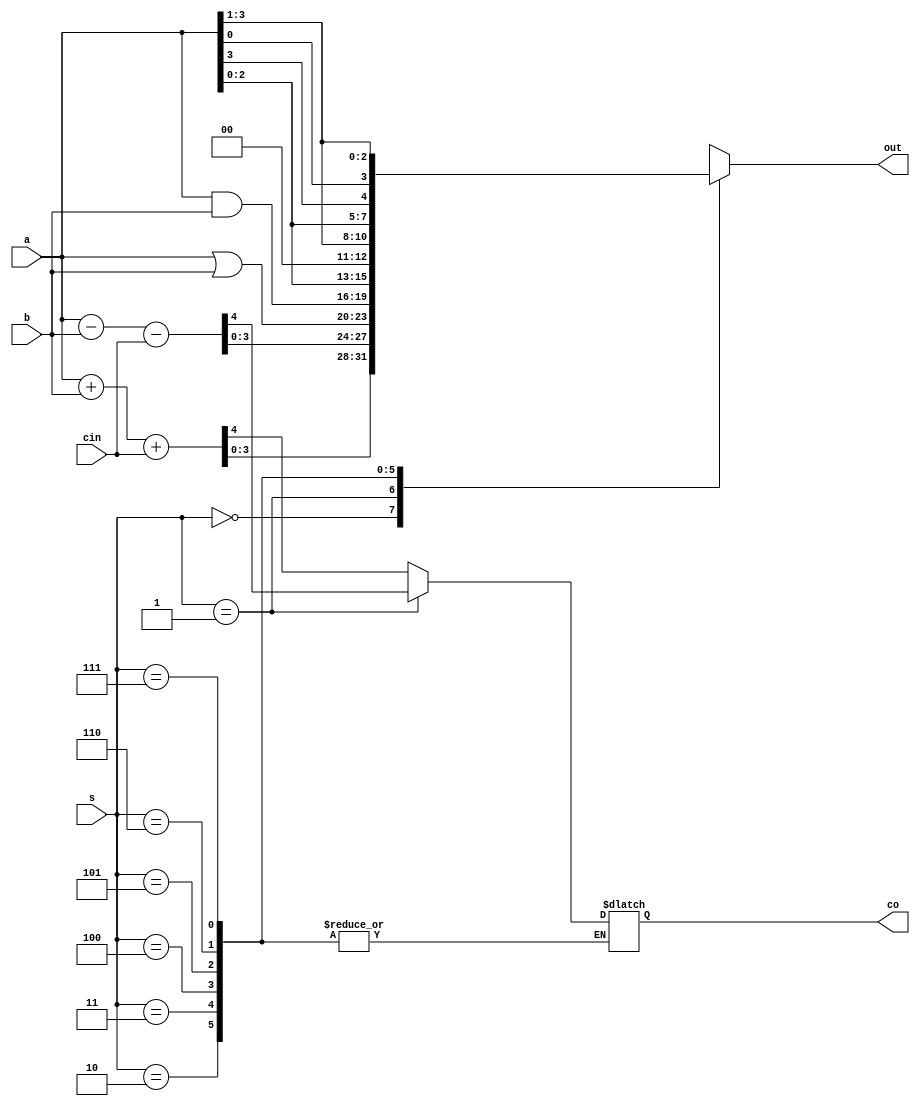
module alu2(a,b,cin,s,co,out
    );
	 input [3:0]a;
	 input [3:0]b;
	 input cin;
	 input [2:0]s;
	 output co;
	 output [3:0]out;
	 
	 reg [3:0]ou;
	 reg cout;
	 
	 assign out=ou;
	 assign cout=co;
	 
	 always@(*)
	 begin
	  case(s)
	  3'b000: {cout,ou}=a+b+cin;
	  3'b001: {cout,ou}=a-b-cin;
	  3'b010: ou=a|b;
	  3'b011: ou=a&b;
	  3'b100: ou=a<<1;
	  3'b101: ou=a>>1;
	  3'b110: ou={a[2:0],a[3]};
	  3'b111: ou={a[0],a[3:1]};
	endcase
	end
endmodule